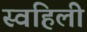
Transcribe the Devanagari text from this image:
स्वहिली